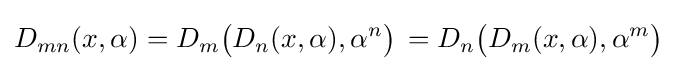
D_{mn}(x,\alpha )=D_{m}{\bigl (}D_{n}(x,\alpha ),\alpha ^{n}{\bigr )}\,=D_{n}{\bigl (}D_{m}(x,\alpha ),\alpha ^{m}{\bigr )}